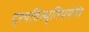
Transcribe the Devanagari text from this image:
दृश्यविस्मृतिपर्यन्तं